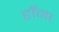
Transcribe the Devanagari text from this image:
होँना